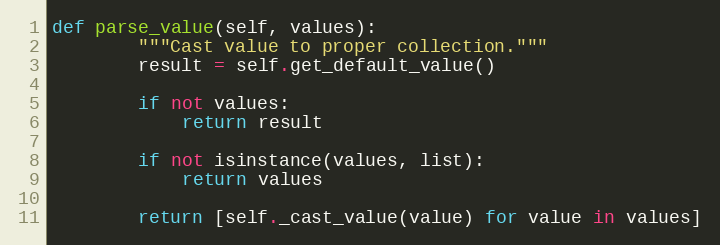
Language: Python
def parse_value(self, values):
        """Cast value to proper collection."""
        result = self.get_default_value()

        if not values:
            return result

        if not isinstance(values, list):
            return values

        return [self._cast_value(value) for value in values]